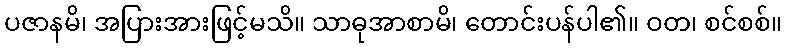
ပဇာနမိ၊ အပြားအားဖြင့်မသိ။ သာဓုအာစာမိ၊ တောင်းပန်ပါ၏။ ဝတ၊ စင်စစ်။